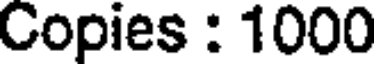
Copies : 1000